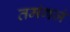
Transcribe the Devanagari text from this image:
तमंगजं